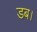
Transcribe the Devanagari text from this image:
डब।